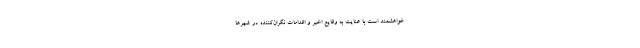
خواهشمند است با عنایت به وقایع اخیر و اقدامات نگران‌کننده در شهرها